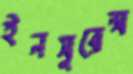
ইনসুরেন্স